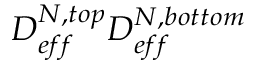
D _ { e f f } ^ { N , t o p } D _ { e f f } ^ { N , b o t t o m }